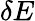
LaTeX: \delta E